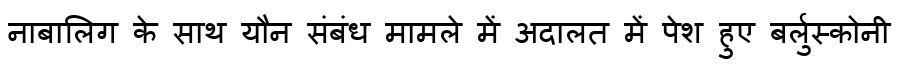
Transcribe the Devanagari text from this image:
नाबालिग के साथ यौन संबंध मामले में अदालत में पेश हुए बर्लुस्कोनी